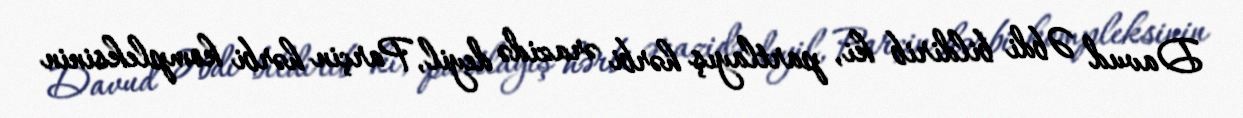
Davud Əbdi bildirib ki, partlayış hərbi ərazidə deyil, Parçin hərbi kompleksinin